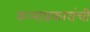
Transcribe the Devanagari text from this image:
कलाप्रकारांची